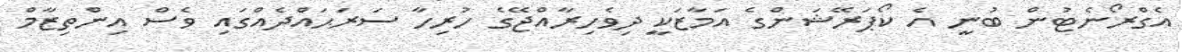
އެގްރޯނެޓުން ބުނީ އެ ކޯޕަރޭޝަންގެ އަމާޒަކީ ދިވެހިރާއްޖޭގެ ހުރިހާ ސަރަޙައްދެއްގައި ވެސް އިންތިޒާމް